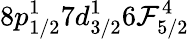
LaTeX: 8p_{1/2}^{1}7d_{3/2}^{1}6\mathcal{F}_{5/2}^{4}